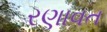
રણાવત